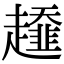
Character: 𧾓